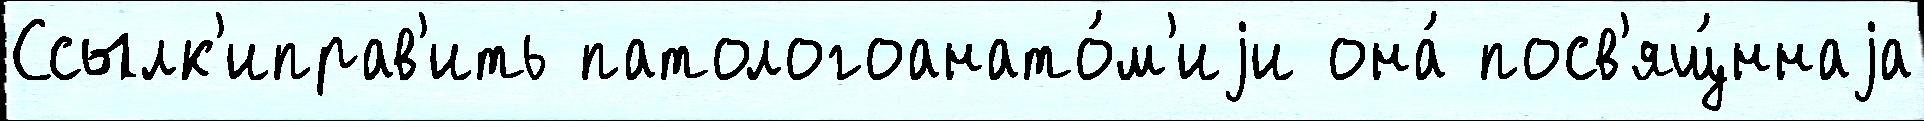
Ссылк'иправ'ить патологоанато́м'иjи она́ посв'ящ́ннаjа